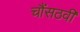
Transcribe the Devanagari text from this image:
चौंसठवीं